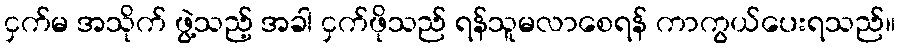
ငှက်မ အသိုက် ဖွဲ့သည့် အခါ ငှက်ဖိုသည် ရန်သူမလာစေရန် ကာကွယ်ပေးရသည်။